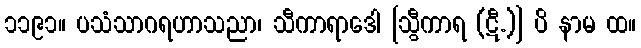
၁၁၉၁။ ပသံသာဂရဟာသညာ၊ သီကာရာဒေါ [သွီကာရ (ဋီ.)] ပိ နာမ ထ။